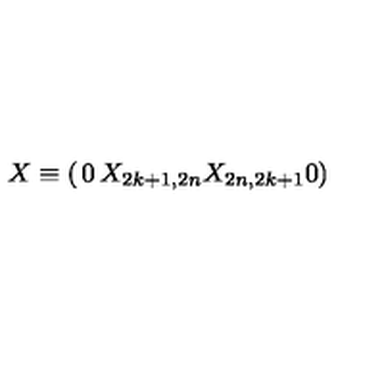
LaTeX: X \equiv \left( \begin{matrix} { 0 } & { X _ { 2 k + 1 , 2 n } } \\ { X _ { 2 n , 2 k + 1 } } & { 0 } \\ \end{matrix} \right) \,